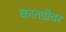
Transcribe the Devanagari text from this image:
कातडीवर